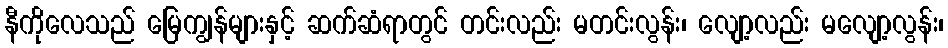
နီကိုလေသည် မြေကျွန်များနှင့် ဆက်ဆံရာတွင် တင်းလည်း မတင်းလွန်း၊ လျော့လည်း မလျော့လွန်း၊